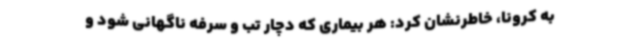
به کرونا، خاطرنشان کرد: هر بیماری که دچار تب و سرفه ناگهانی شود و